画像に写った文字を読んでください
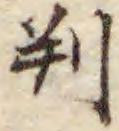
「判」と書いてあります